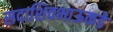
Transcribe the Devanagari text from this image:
सदाशिवभाऊकडे